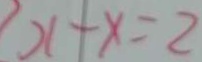
x + x = 2